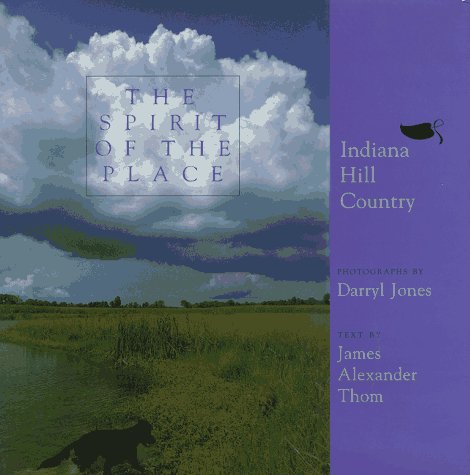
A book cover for The Spirit of the Place: Indiana Hill Country; Darryl L Jones; Travel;